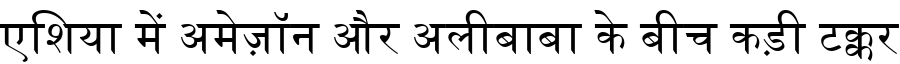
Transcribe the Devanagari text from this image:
एशिया में अमेज़ॉन और अलीबाबा के बीच कड़ी टक्कर